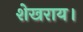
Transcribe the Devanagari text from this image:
शेखराय।